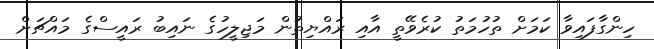
ހިންގާފައިވާ ކަމަށް ތުހުމަތު ކުރެވޭތީ އާއި ރައްޔިތުން މަޖިލީހުގެ ނައިބު ރައީސްގެ މައްޗަށް